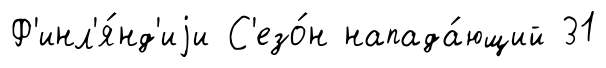
Ф'инл'я́нд'иjи С'езо́н напада́ющий 31